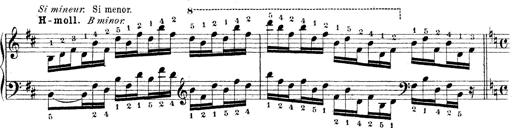
Title: Technische Studien
Composer: Franz Liszt